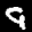
Label: 9